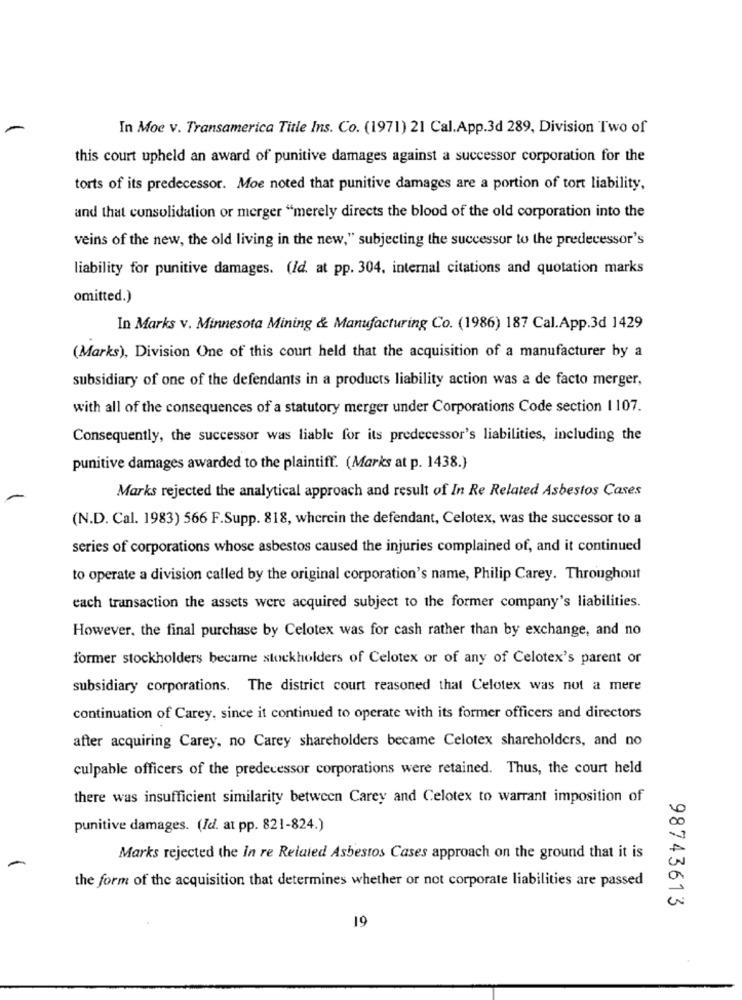
In Moe v. Transamerica Title Ins. Co. (1971) 21 Cal.App.3d 289, Division Two of
this court upheld an award of punitive damages against a successor corporation for the
torts of its predecessor. Moe noted that punitive damages are a portion of tort liability,
and that consolidation or merger "merely directs the blood of the old corporation into the
veins of the new, the old living in the new," subjecting the successor to the predecessor's
liability for punitive damages. (Id. at pp. 304, internal citations and quotation marks
omitted.)
In Marks v. Minnesota Mining & Manufacturing Co. (1986) 187 Cal.App.3d 1429
(Marks), Division One of this court held that the acquisition of a manufacturer by a
subsidiary of one of the defendants in a products liability action was a de facto merger,
with all of the consequences of a statutory merger under Corporations Code section 1 107.
Consequently, the successor was liable for its predecessor's liabilities, including the
punitive damages awarded to the plaintiff. (Marks at p. 1438.)
Marks rejected the analytical approach and result of In Re Related Asbestos Cases
(N.D. Cal. 1983) 566 F.Supp. 818, wherein the defendant, Celotex, was the successor to a
series of corporations whose asbestos caused the injuries complained of, and it continued
to operate a division called by the original corporation's name, Philip Carey. Throughout
each transaction the assets were acquired subject to the former company's liabilities.
However, the final purchase by Celotex was for cash rather than by exchange, and no
former stockholders became stockholders of Celotex or of any of Celotex's parent or
subsidiary corporations. The district court reasoned that Celotex was not a mere
continuation of Carey, since it continued to operate with its former officers and directors
after acquiring Carey, no Carey shareholders became Celotex shareholders, and no
culpable officers of the predecessor corporations were retained. Thus, the court held
there was insufficient similarity between Carey and Celotex to warrant imposition of
punitive damages. (Id. at pp. 821-824.)
Marks rejected the in re Related Asbestos Cases approach on the ground that it is
the form of the acquisition that determines whether or not corporate liabilities are passed
98743613
19